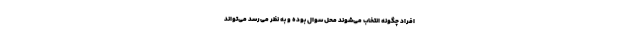
افراد چگونه انتخاب می‌شوند محل سوال بوده و به نظر می‌رسد می‌تواند